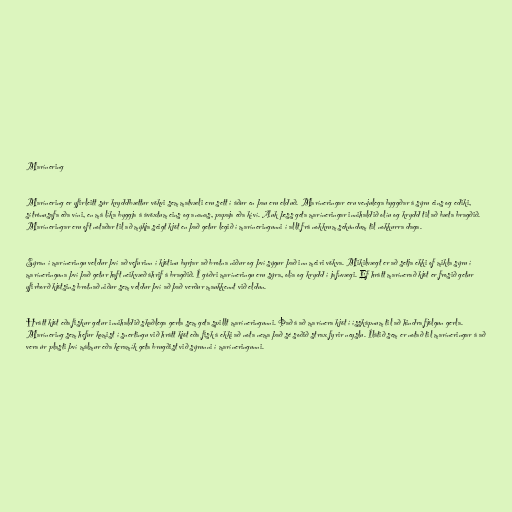
Marínering

Marínering er yfirleitt súr kryddbættur vökvi sem matvæli eru sett í áður en þau eru elduð. Maríneringar eru venjulega byggðar á sýru eins og ediki,
sítrónusafa eða víni, en má líka byggja á ávöxtum eins og ananas, papaja eða kíví. Auk þess geta maríneringar innihaldið olíu og krydd til að bæta bragðið.
Maríneringar eru oft notaðar til að mýkja seigt kjöt en það getur legið í maríneringunni í allt frá nokkrum sekúndum til nokkurra daga.

Sýran í maríneringu veldur því að vefurinn í kjötinu byrjar að brotna niður og því sýgur það inn meiri vökva. Mikilvægt er að setja ekki of mikla sýru í
maríneringuna því það getur haft neikvæð áhrif á bragðið. Í góðri maríneringu eru sýra, olía og krydd í jafnvægi. Ef hrátt marínerað kjöt er frosið getur
yfirborð kjötsins brotnað niður sem veldur því að það verður maukkennt við eldun.

Hrátt kjöt eða fiskur getur innihaldið skaðlega gerla sem geta spillt maríneringunni. Það á að marínera kjöt í ísskápnum til að hindra fjölgun gerla.
Marínering sem hefur komist í snertingu við hrátt kjöt eða fisk á ekki að nota nema það sé soðið strax fyrir neyslu. Ílátið sem er notað til maríneringar á að
vera úr plasti því málmur eða keramík geta brugðist við sýrunni í maríneringunni.